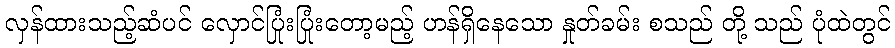
လှန်ထားသည့်ဆံပင် လှောင်ပြုံးပြုံးတော့မည့် ဟန်ရှိနေသော နှုတ်ခမ်း စသည် တို့ သည် ပုံထဲတွင်